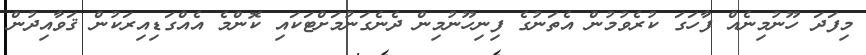
މިފަދަ ހޫނުމިނެއް ފާހަގަ ކުރެވުމުން އެތަނުގެ ފިނިހޫނުމިން ދެނެގަނުމަށްޓަކައި ކޮންމެ އެއްގަޑިއިރަކުން ޤަވާއިދުން